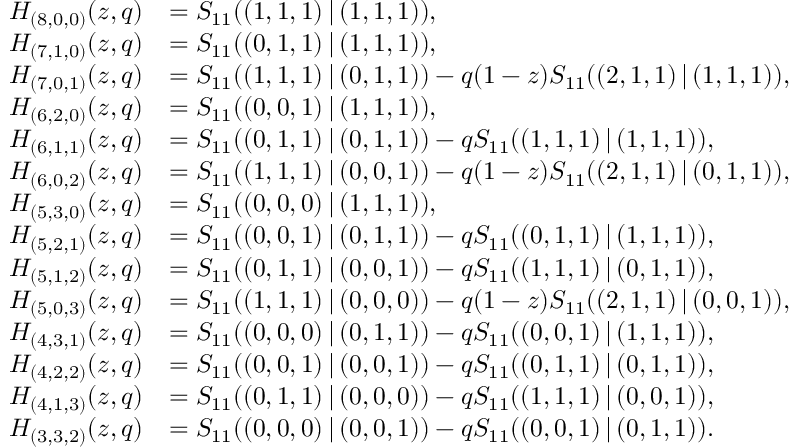
\begin{array} { l l } { H _ { ( 8 , 0 , 0 ) } ( z , q ) } & { = S _ { 1 1 } ( ( 1 , 1 , 1 ) \, | \, ( 1 , 1 , 1 ) ) , } \\ { H _ { ( 7 , 1 , 0 ) } ( z , q ) } & { = S _ { 1 1 } ( ( 0 , 1 , 1 ) \, | \, ( 1 , 1 , 1 ) ) , } \\ { H _ { ( 7 , 0 , 1 ) } ( z , q ) } & { = S _ { 1 1 } ( ( 1 , 1 , 1 ) \, | \, ( 0 , 1 , 1 ) ) - q ( 1 - z ) S _ { 1 1 } ( ( 2 , 1 , 1 ) \, | \, ( 1 , 1 , 1 ) ) , } \\ { H _ { ( 6 , 2 , 0 ) } ( z , q ) } & { = S _ { 1 1 } ( ( 0 , 0 , 1 ) \, | \, ( 1 , 1 , 1 ) ) , } \\ { H _ { ( 6 , 1 , 1 ) } ( z , q ) } & { = S _ { 1 1 } ( ( 0 , 1 , 1 ) \, | \, ( 0 , 1 , 1 ) ) - q S _ { 1 1 } ( ( 1 , 1 , 1 ) \, | \, ( 1 , 1 , 1 ) ) , } \\ { H _ { ( 6 , 0 , 2 ) } ( z , q ) } & { = S _ { 1 1 } ( ( 1 , 1 , 1 ) \, | \, ( 0 , 0 , 1 ) ) - q ( 1 - z ) S _ { 1 1 } ( ( 2 , 1 , 1 ) \, | \, ( 0 , 1 , 1 ) ) , } \\ { H _ { ( 5 , 3 , 0 ) } ( z , q ) } & { = S _ { 1 1 } ( ( 0 , 0 , 0 ) \, | \, ( 1 , 1 , 1 ) ) , } \\ { H _ { ( 5 , 2 , 1 ) } ( z , q ) } & { = S _ { 1 1 } ( ( 0 , 0 , 1 ) \, | \, ( 0 , 1 , 1 ) ) - q S _ { 1 1 } ( ( 0 , 1 , 1 ) \, | \, ( 1 , 1 , 1 ) ) , } \\ { H _ { ( 5 , 1 , 2 ) } ( z , q ) } & { = S _ { 1 1 } ( ( 0 , 1 , 1 ) \, | \, ( 0 , 0 , 1 ) ) - q S _ { 1 1 } ( ( 1 , 1 , 1 ) \, | \, ( 0 , 1 , 1 ) ) , } \\ { H _ { ( 5 , 0 , 3 ) } ( z , q ) } & { = S _ { 1 1 } ( ( 1 , 1 , 1 ) \, | \, ( 0 , 0 , 0 ) ) - q ( 1 - z ) S _ { 1 1 } ( ( 2 , 1 , 1 ) \, | \, ( 0 , 0 , 1 ) ) , } \\ { H _ { ( 4 , 3 , 1 ) } ( z , q ) } & { = S _ { 1 1 } ( ( 0 , 0 , 0 ) \, | \, ( 0 , 1 , 1 ) ) - q S _ { 1 1 } ( ( 0 , 0 , 1 ) \, | \, ( 1 , 1 , 1 ) ) , } \\ { H _ { ( 4 , 2 , 2 ) } ( z , q ) } & { = S _ { 1 1 } ( ( 0 , 0 , 1 ) \, | \, ( 0 , 0 , 1 ) ) - q S _ { 1 1 } ( ( 0 , 1 , 1 ) \, | \, ( 0 , 1 , 1 ) ) , } \\ { H _ { ( 4 , 1 , 3 ) } ( z , q ) } & { = S _ { 1 1 } ( ( 0 , 1 , 1 ) \, | \, ( 0 , 0 , 0 ) ) - q S _ { 1 1 } ( ( 1 , 1 , 1 ) \, | \, ( 0 , 0 , 1 ) ) , } \\ { H _ { ( 3 , 3 , 2 ) } ( z , q ) } & { = S _ { 1 1 } ( ( 0 , 0 , 0 ) \, | \, ( 0 , 0 , 1 ) ) - q S _ { 1 1 } ( ( 0 , 0 , 1 ) \, | \, ( 0 , 1 , 1 ) ) . } \end{array}